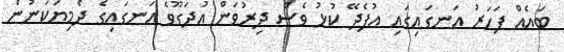
ބައެއް ފަހަރު އަނގައިގައި އުފެދޭ ކުޅު ވެސް ދިރުވަން އުދަގޫވެ އަނގައިގެ ދެމިޔަކަނުން